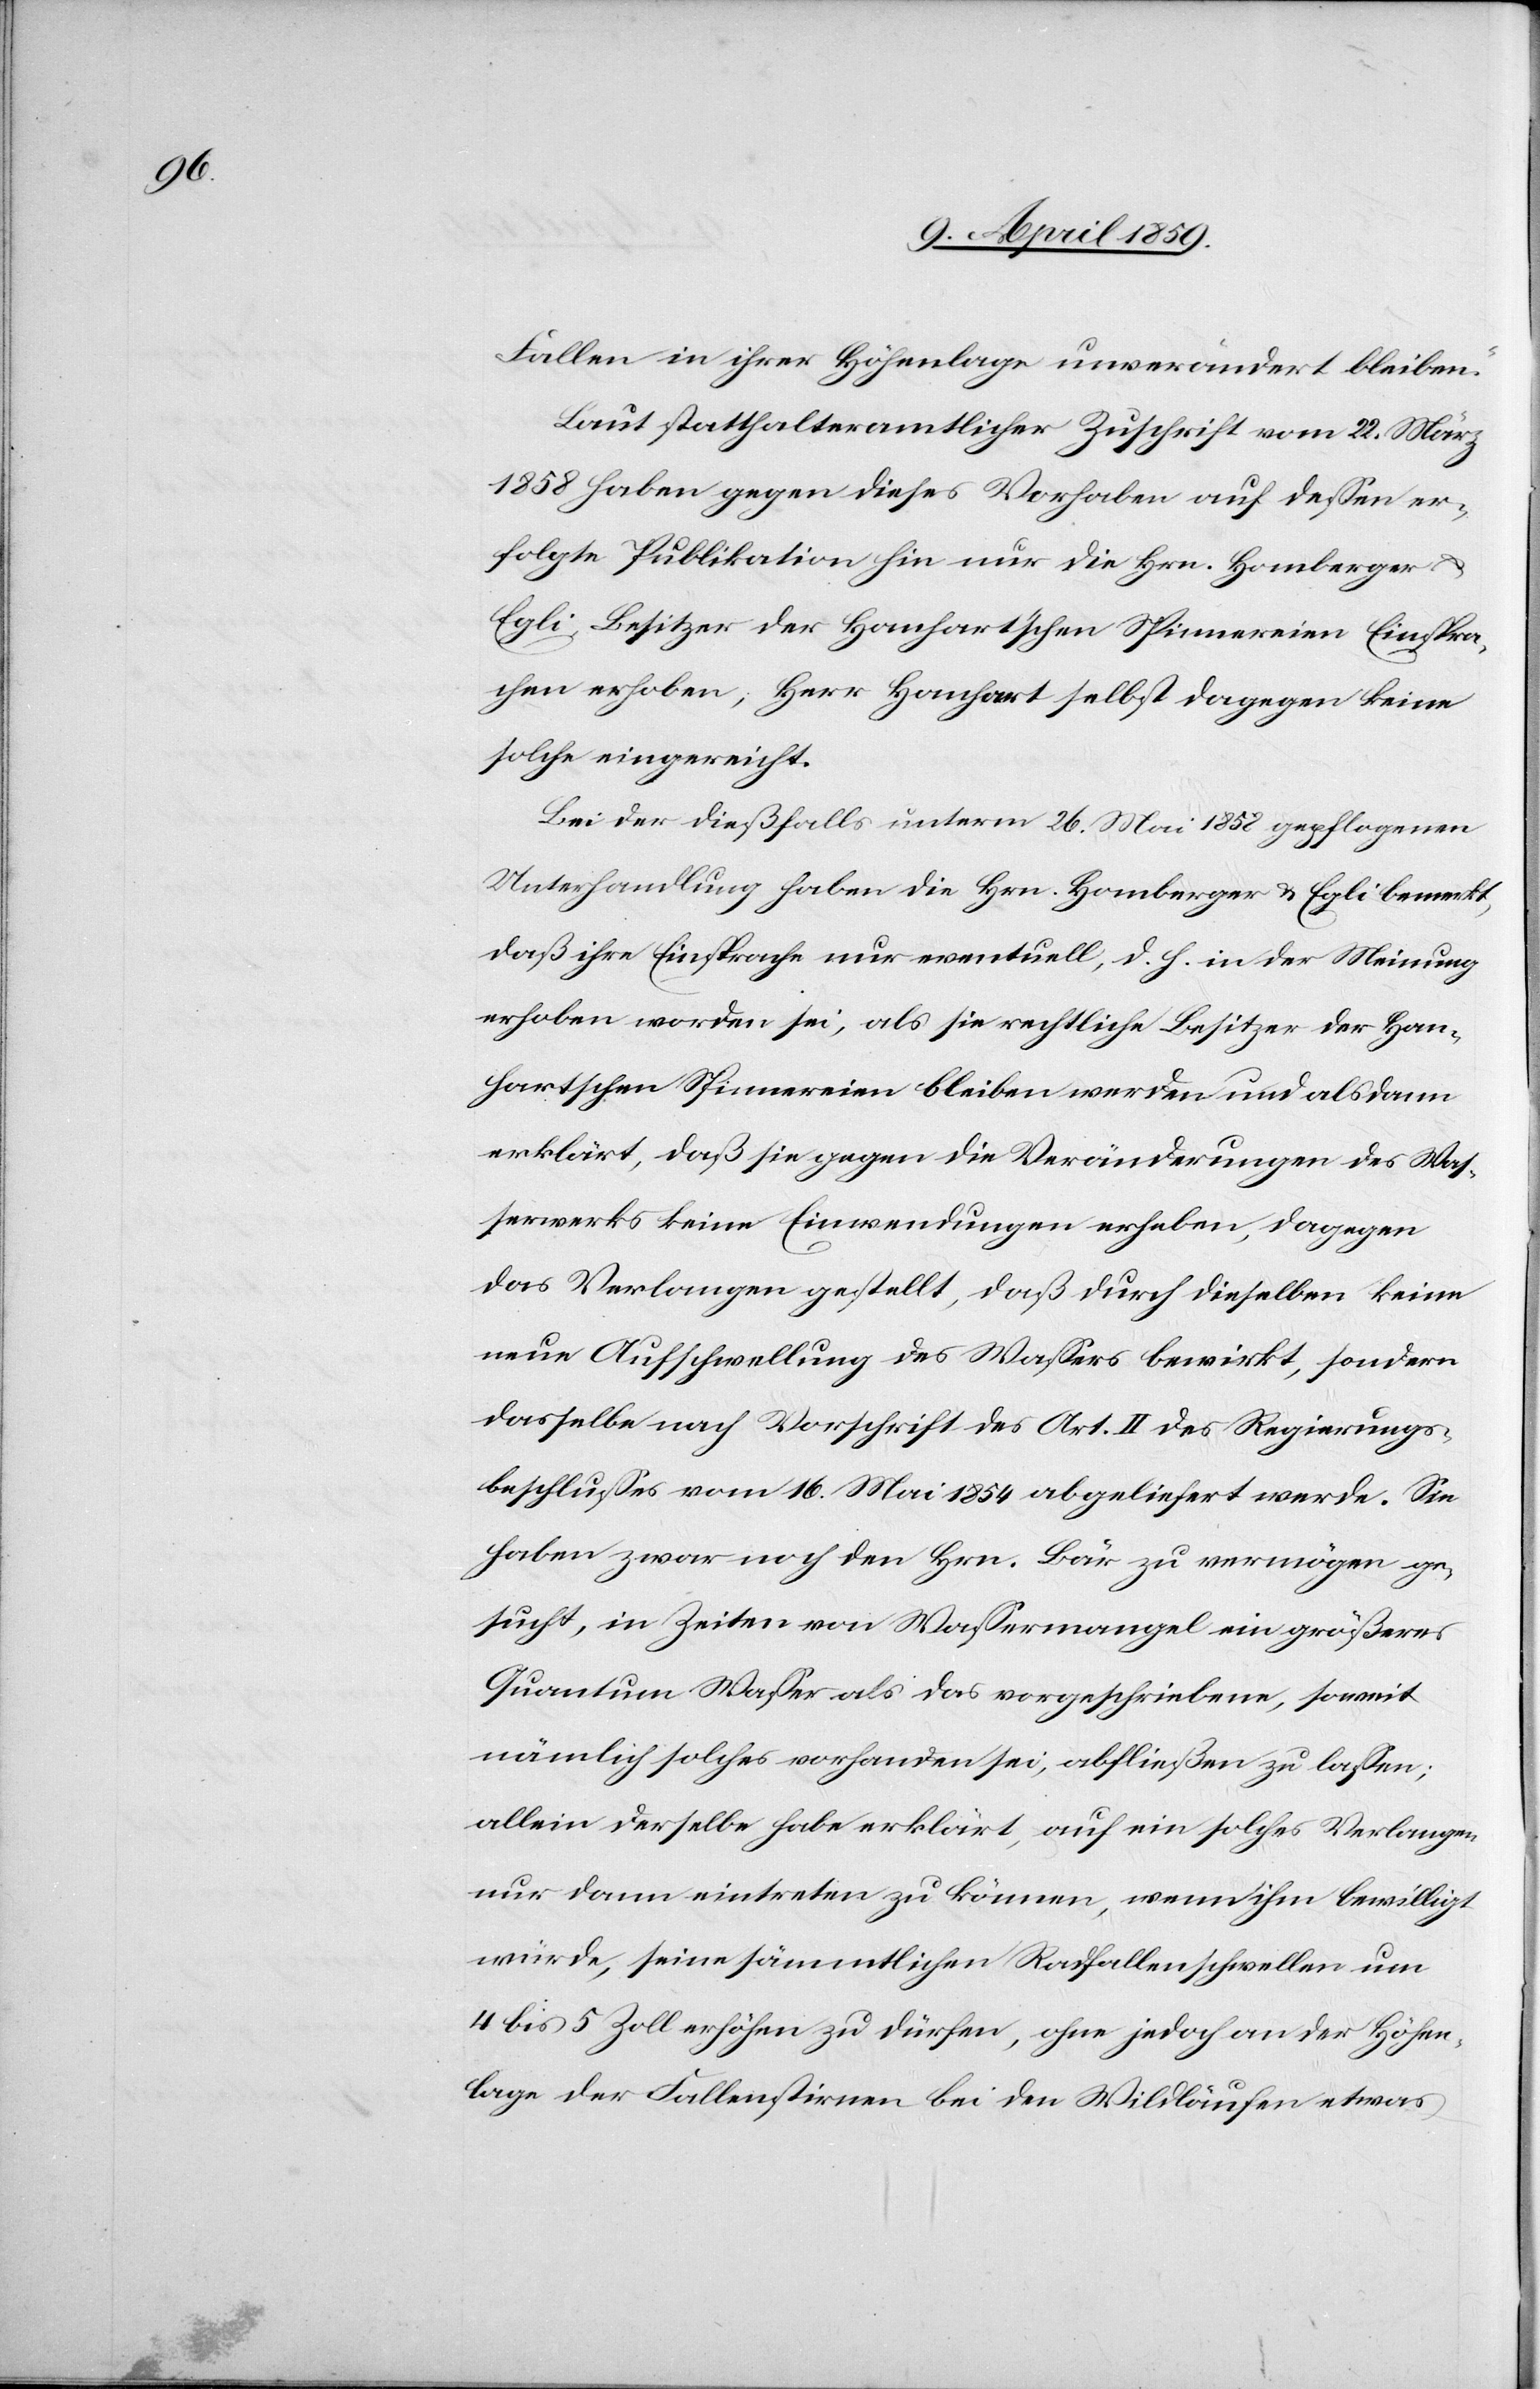
Fallen in ihrer Höhenlage unverändert bleiben.“
Laut statthalteramtlicher Zuschrift vom 22. März
1858 haben gegen dieses Vorhaben auf deßen er¬
folgte Publikation hin nur die Hrn. Homberger u.
Egli, Besitzer der Hanhartschen Spinnereien Einspra¬
chen erhoben; Herr Hanhart selbst dagegen keine
solche eingereicht.
Bei der dießfalls unterm 26. Mai 1858 gepflogenen
Unterhandlung haben die Hrn. Homberger u. Egli bemerkt,
daß ihre Einsprache nur eventuell, d. h. in der Meinung
erhoben worden sei, als sie rechtliche Besitzer der Han¬
hartschen Spinnereien bleiben werden und dann
erklärt, daß sie gegen die Veränderungen des Was¬
serwerks keine Einwendungen erheben, dagegen
das Verlangen gestellt, daß durch dieselben keine
neue Auschwellung des Waßers bewirkt, sondern
dasselbe nach Vorschrift des Art. II des Regierungs¬
beschlußes vom 16. Mai 1854 abgeliefert werde. Sie
haben zwar noch den Hrn. Bär zu vermögen ge¬
sucht, in Zeiten von Waßermangel ein größeres
Quantum Waßer als das vorgeschriebene, somit
nämlich solches vorhanden sei, abfließen zu laßen;
allein derselbe habe erklärt, auf ein solches Verlangen
nur dann eintreten zu können, wenn ihm bewilligt
würde, seine sämmtlichen Radfallenschwellen um
4 bis 5 Zoll erhöhen zu dürfen, ohne jedoch an der Höhen¬
lage der Fallenstirnen bei den Wildläufen etwas